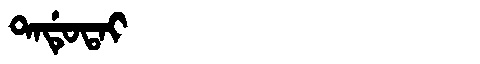
Manchu: ᡨᠠᡩᡠᡨᠠᡳ
Romanization: TADUTAI